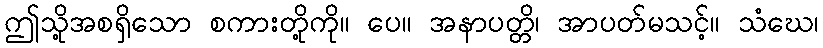
ဤသို့အစရှိသော စကားတို့ကို။ ပေ။ အနာပတ္တိ၊ အာပတ်မသင့်။ သံဃေ၊